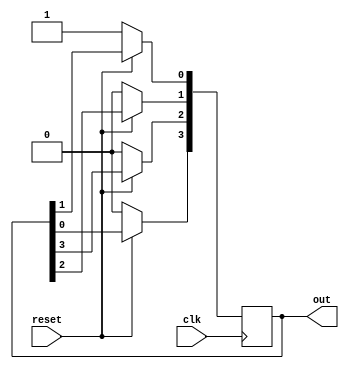
module ring_counter  #(parameter WIDTH=4)   
  ( input clk,                  
    input reset,  
    output reg [WIDTH-1:0]out);  
  integer i;
  always @ (posedge clk) begin  
    if (!reset)  
         out<=1;  
      else begin  
        out[WIDTH-1]<=out[0];  
        for(i=0;i<WIDTH-1;i=i+1) begin  
          out[i]<=out[i+1];  
        end  
      end  
  end  
endmodule